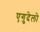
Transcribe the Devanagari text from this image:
एगुदेलो